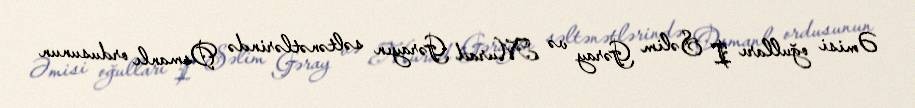
Əmisi oğulları I Səlim Gəray və Murad Gərayın səltənətlərində Osmanlı ordusunun